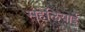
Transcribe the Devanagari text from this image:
सहेलियाई